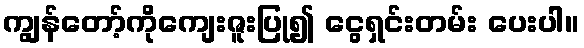
ကျွန်တော့်ကိုကျေးဇူးပြု၍ ငွေရှင်းတမ်း ပေးပါ။